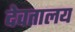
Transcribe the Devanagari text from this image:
देवतालय